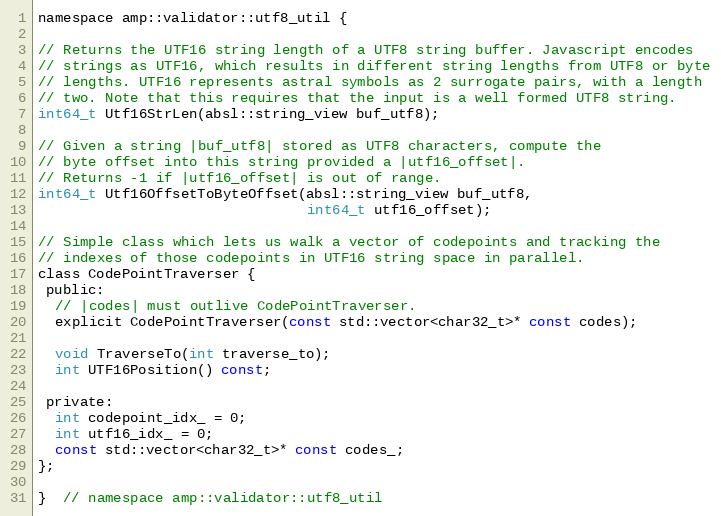
Language: C
namespace amp::validator::utf8_util {

// Returns the UTF16 string length of a UTF8 string buffer. Javascript encodes
// strings as UTF16, which results in different string lengths from UTF8 or byte
// lengths. UTF16 represents astral symbols as 2 surrogate pairs, with a length
// two. Note that this requires that the input is a well formed UTF8 string.
int64_t Utf16StrLen(absl::string_view buf_utf8);

// Given a string |buf_utf8| stored as UTF8 characters, compute the
// byte offset into this string provided a |utf16_offset|.
// Returns -1 if |utf16_offset| is out of range.
int64_t Utf16OffsetToByteOffset(absl::string_view buf_utf8,
                                int64_t utf16_offset);

// Simple class which lets us walk a vector of codepoints and tracking the
// indexes of those codepoints in UTF16 string space in parallel.
class CodePointTraverser {
 public:
  // |codes| must outlive CodePointTraverser.
  explicit CodePointTraverser(const std::vector<char32_t>* const codes);

  void TraverseTo(int traverse_to);
  int UTF16Position() const;

 private:
  int codepoint_idx_ = 0;
  int utf16_idx_ = 0;
  const std::vector<char32_t>* const codes_;
};

}  // namespace amp::validator::utf8_util